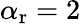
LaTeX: \alpha_{\mathrm{{r}}}=2